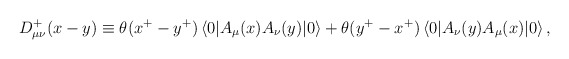
\begin{align*}D^+_{\mu\nu}(x-y) \equiv\theta (x^+ -y^+)\left<0|A_\mu (x) A_\nu(y)|0\right> +\theta (y^+ -x^+)\left<0|A_\nu (y) A_\mu (x)|0\right>,\end{align*}